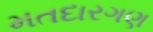
મતદારગણ